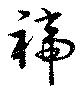
褅